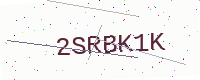
Text: 2SRBK1K